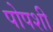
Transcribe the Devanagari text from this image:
पोपशी